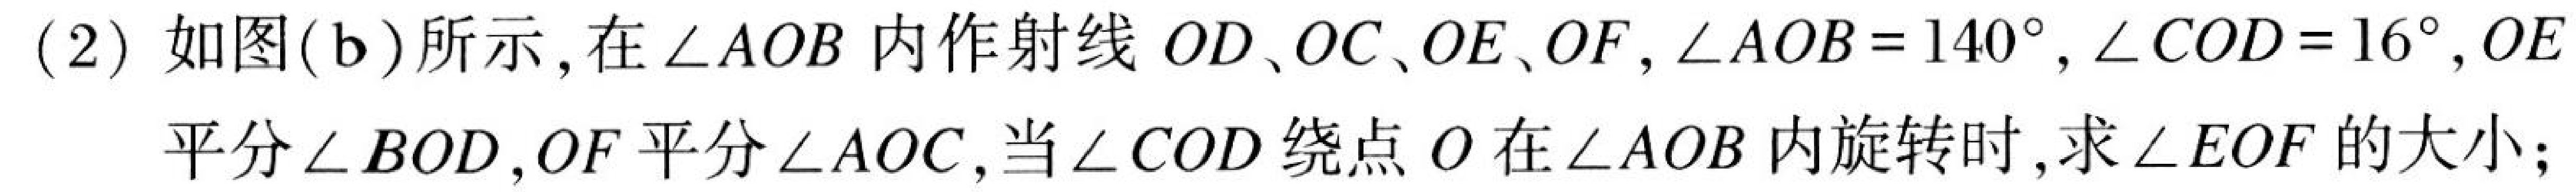
(2) 如图(b)所示, 在\(\angle AOB\)内作射线\(OD\)、\(OC\)、\(OE\)、\(OF\)，\(\angle AOB = 140^{\circ}\)，\(\angle COD = 16^{\circ}\)，\(OE\)平分\(\angle BOD\)，\(OF\)平分\(\angle AOC\)，当\(\angle COD\)绕点\(O\)在\(\angle AOB\)内旋转时,求\(\angle EOF\)的大小;